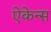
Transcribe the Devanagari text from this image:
ऐकेन्स